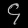
Digit: ၄